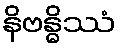
နိဗန္ဓိဿံ